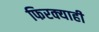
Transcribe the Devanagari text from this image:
फिरक्याही